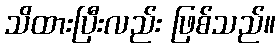
သိထားပြီးလည်း ဖြစ်သည်။